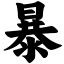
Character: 暴